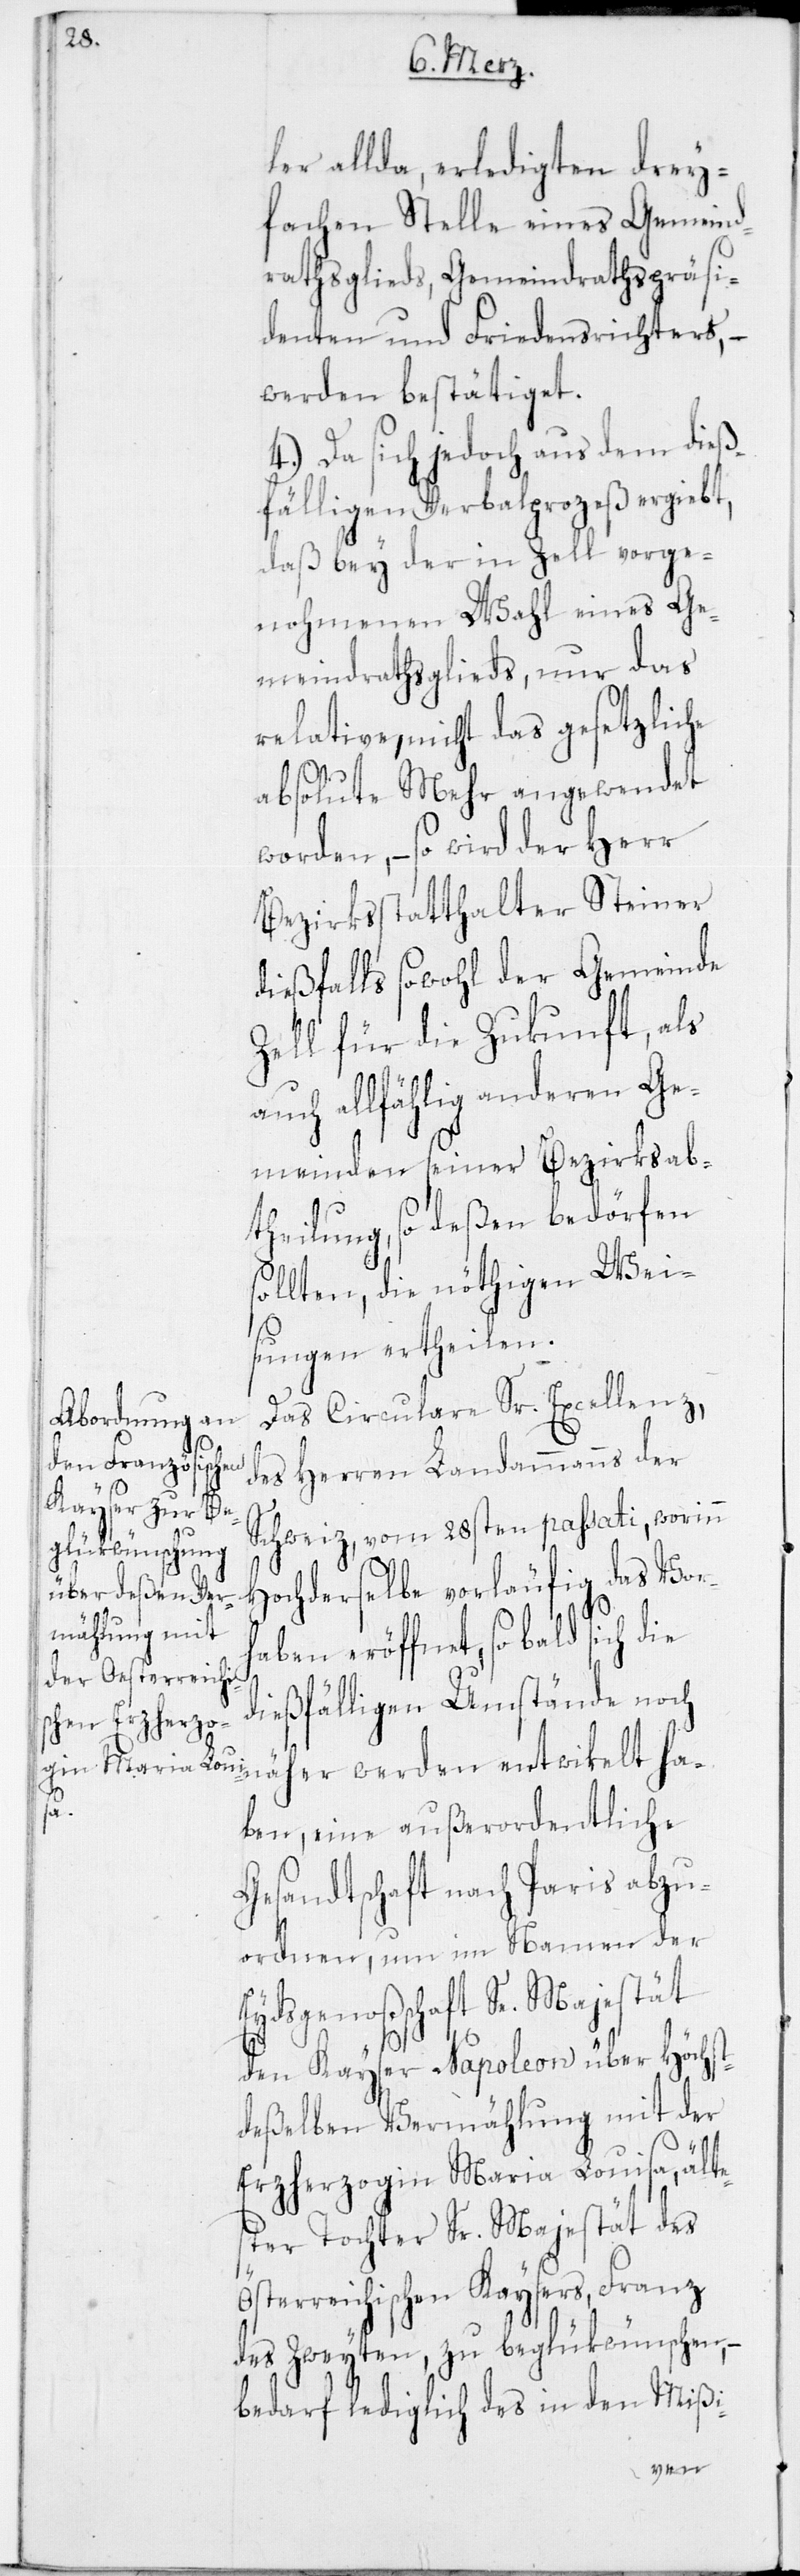
ler allda, erledigten drey¬
fachen Stelle eines Gemeind¬
rathsglieds, Gemeindrathspräsi¬
denten und Friedensrichters,
werden bestätiget.
4.) Da sich jedoch aus dem dieß¬
fälligen Verbalprozeß ergiebt,
daß bey der in Zell vorge¬
nohmenen Wahl eines Ge¬
meindrathsglieds, nur das
relative, nicht das gesetzliche
absolute Mehr angewendet
worden, – so wird der Herr
Bezirksstatthalter Steiner
dießfalls sowohl der Gemeinde
Zell für die Zukunft, als
auch allfählig anderen Ge¬
meinden seiner Bezirksab¬
theilung, so deßen bedörfen
sollten, die nöthigen Wei¬
sungen ertheilen.
Das Circular Sr. Excellenz,
des Herren Landammanns der
Schweiz, vom 28sten passati, worinn
Hochderselbe vorläufig das Vorh¬
aben eröffnet, so bald sich die
dießfälligen Umstände noch
näher werden entwikelt ha¬
ben, eine außerordentliche
Gesandtschaft nach Paris abzu¬
ordnen, um im Namen der
Eydsgenoßschaft Sr. Majestät
den Kayser Napoleon über Höchst¬
deßelben Vermählung mit der
Erzherzogin Maria Louisa, älte¬
ster Tochter Sr. Majestät des
Österreichischen Kaysers, Franz
des Zweyten, zu beglükwünschen, –
bedarf lediglich des in den Mißi-